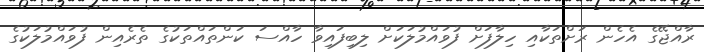
ރާއްޖޭގެ އެހެން ރަށްތަކާއި ހިލާފަށް ފުވައްމުލަކަށް ލިބިފައިވާ ހާއްސަ ކަންތައްތަކުގެ ތެރެއިން ފުވައްމުލަކުގެ